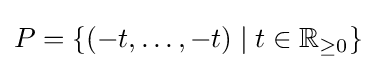
P=\{(-t,\dots ,-t)\mid t\in \mathbb {R} _{\geq 0}\}